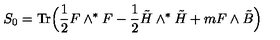
S _ { 0 } = \mathrm { T r } \Bigl ( \frac { 1 } { 2 } F \wedge ^ { \ast } F - \frac { 1 } { 2 } \tilde { H } \wedge ^ { \ast } { \tilde { H } } + m F \wedge \tilde { B } \Bigr )